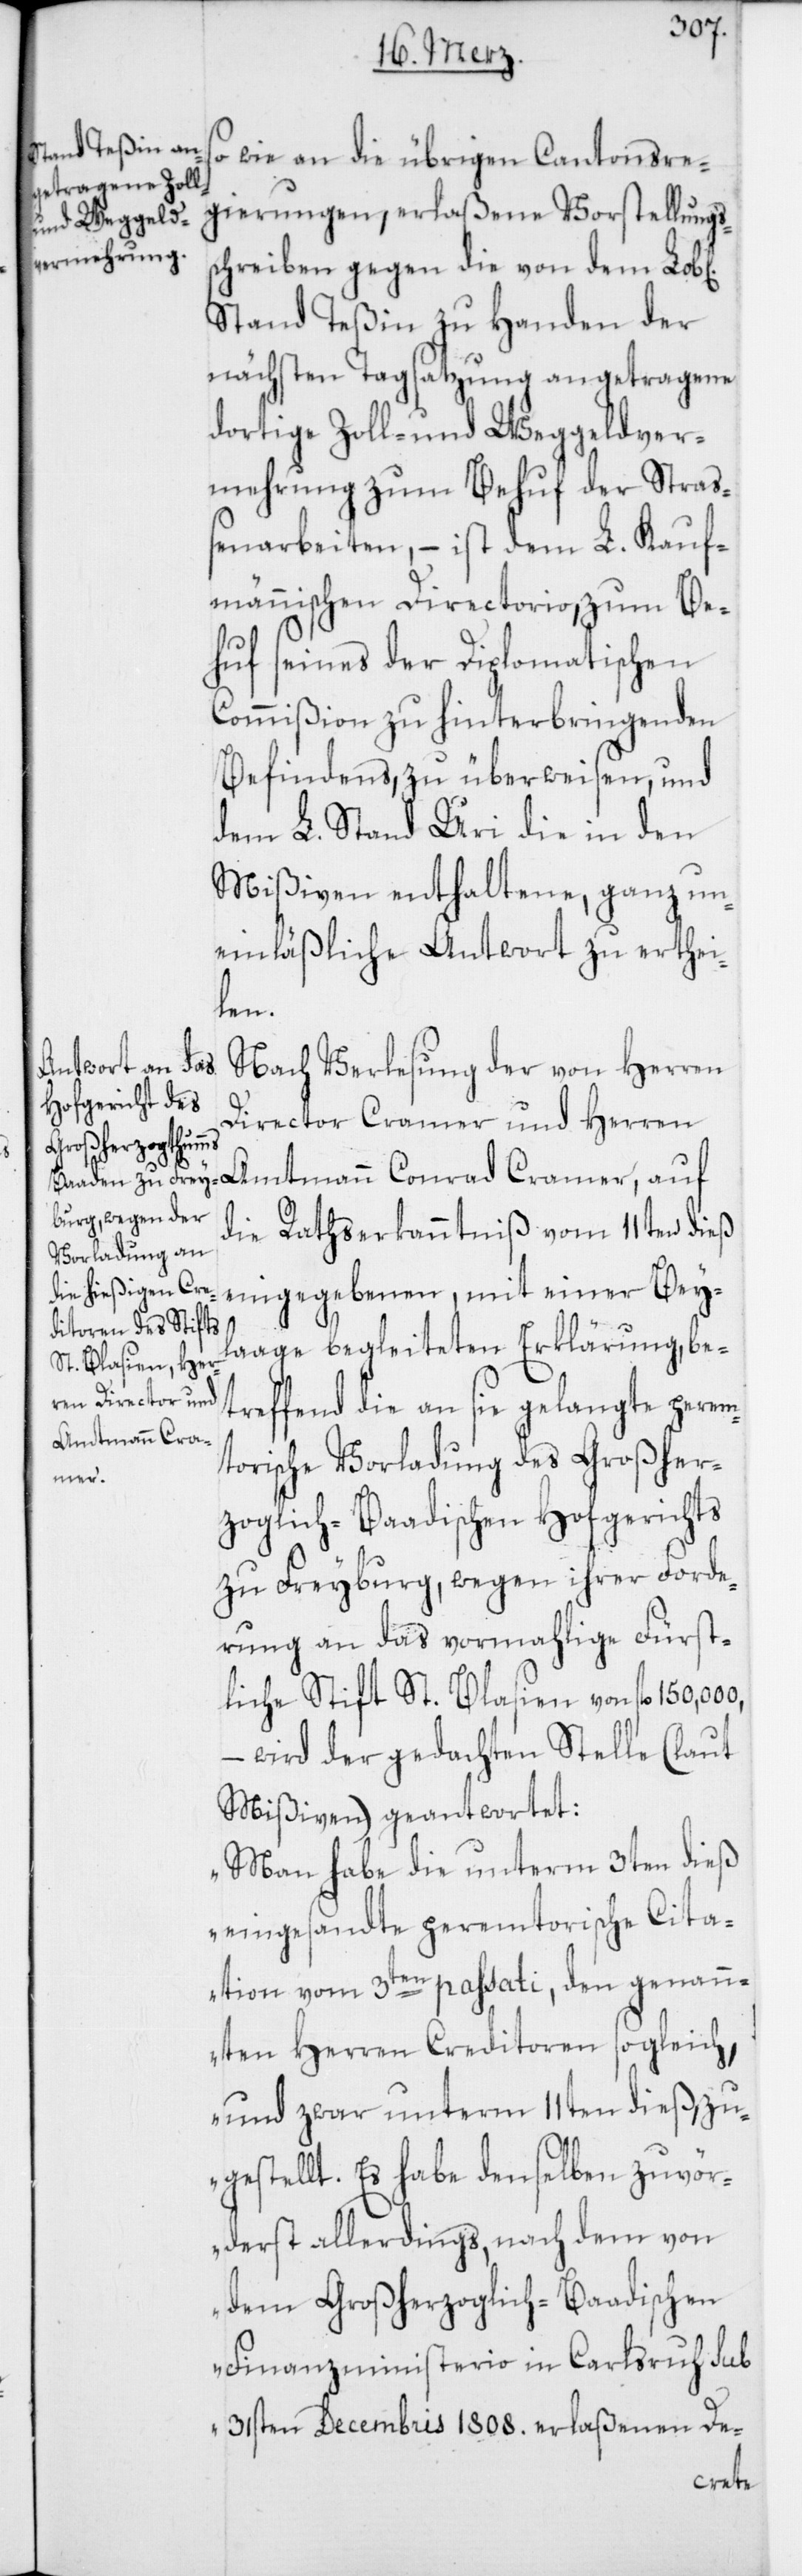
o wie an die übrigen Cantonsre¬
gierungen, erlaßene Vorstellungs¬
chreiben, gegen die von dem Lobl.
Stand Teßin zu Handen der
nächsten Tagsatzung angetragene
dortige Zoll- und Weggeldver¬
mehrung zum Behuf der Straß¬
enarbeiten, – ist dem L. Kauf¬
männischen Directorio, zum Be¬
huf seines der Diplomatischen
Commißion zu hinterbringenden
Befindens, zu überweisen, und
dem L. Stand Uri die in den
Mißiven enthaltene, ganz un¬
einläßliche Antwort zu erthei¬
len.
Nach Verlesung der von Herren
Director Cramer und Herren
die Ratserkanntniß vom 11ten dieß
eingegebenen, mit einer Bey¬
laage begleiteten Erklärung, be¬
treffend die an sie gelangte perem¬
Amtmann Conrad
torische Vorladung des Großher¬
zoglich-Baadischen Hofgerichts
zu Freyburg, wegen ihrer Forde¬
rung an das vormahlige Fürst¬
liche Stift St. Blasien von fl.
wird der gedachten Stelle (laut
s¬
Mißiven) geantwortet:
„Man habe die unterm 3ten dieß
eingesandte peremtorische Cita¬
tion vom 3ten passati, den genan¬
nten Herren Creditoren sogleich,
und zwar unterm 11ten dieß, zu¬
gestellt. Es habe denselben zuvör¬
derst allerdings, nach dem von
dem Großherzoglich-Baadischen
Finanzministerio in Karlsruhe sub
31sten Decembris 1808. erlaßenen De-